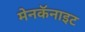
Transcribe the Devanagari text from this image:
मेनकॅनाइट